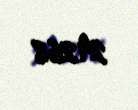
29268